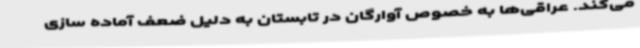
می‌کند. عراقی‌ها به خصوص آوارگان در تابستان به دلیل ضعف آماده سازی